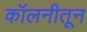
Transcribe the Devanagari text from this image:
कॉलनीतून